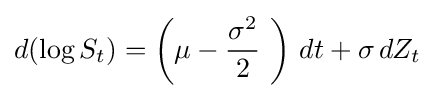
d(\log S_{t})=\left(\mu -{\frac {\sigma ^{2}}{2}}\ \right)\,dt+\sigma \,dZ_{t}